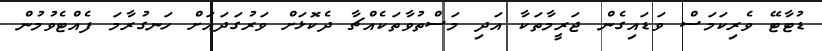
ޑުޓާޓޭ ވެރިކަމަސް ވަޑައިގެން ޖަރީމާތަކާ އަދި މަސްތުވާތަކެއްޗާ ދެކޮޅަށް ވަރުގަދައަށް ހަނގުރާމަ ފެއްޓެވުމުން